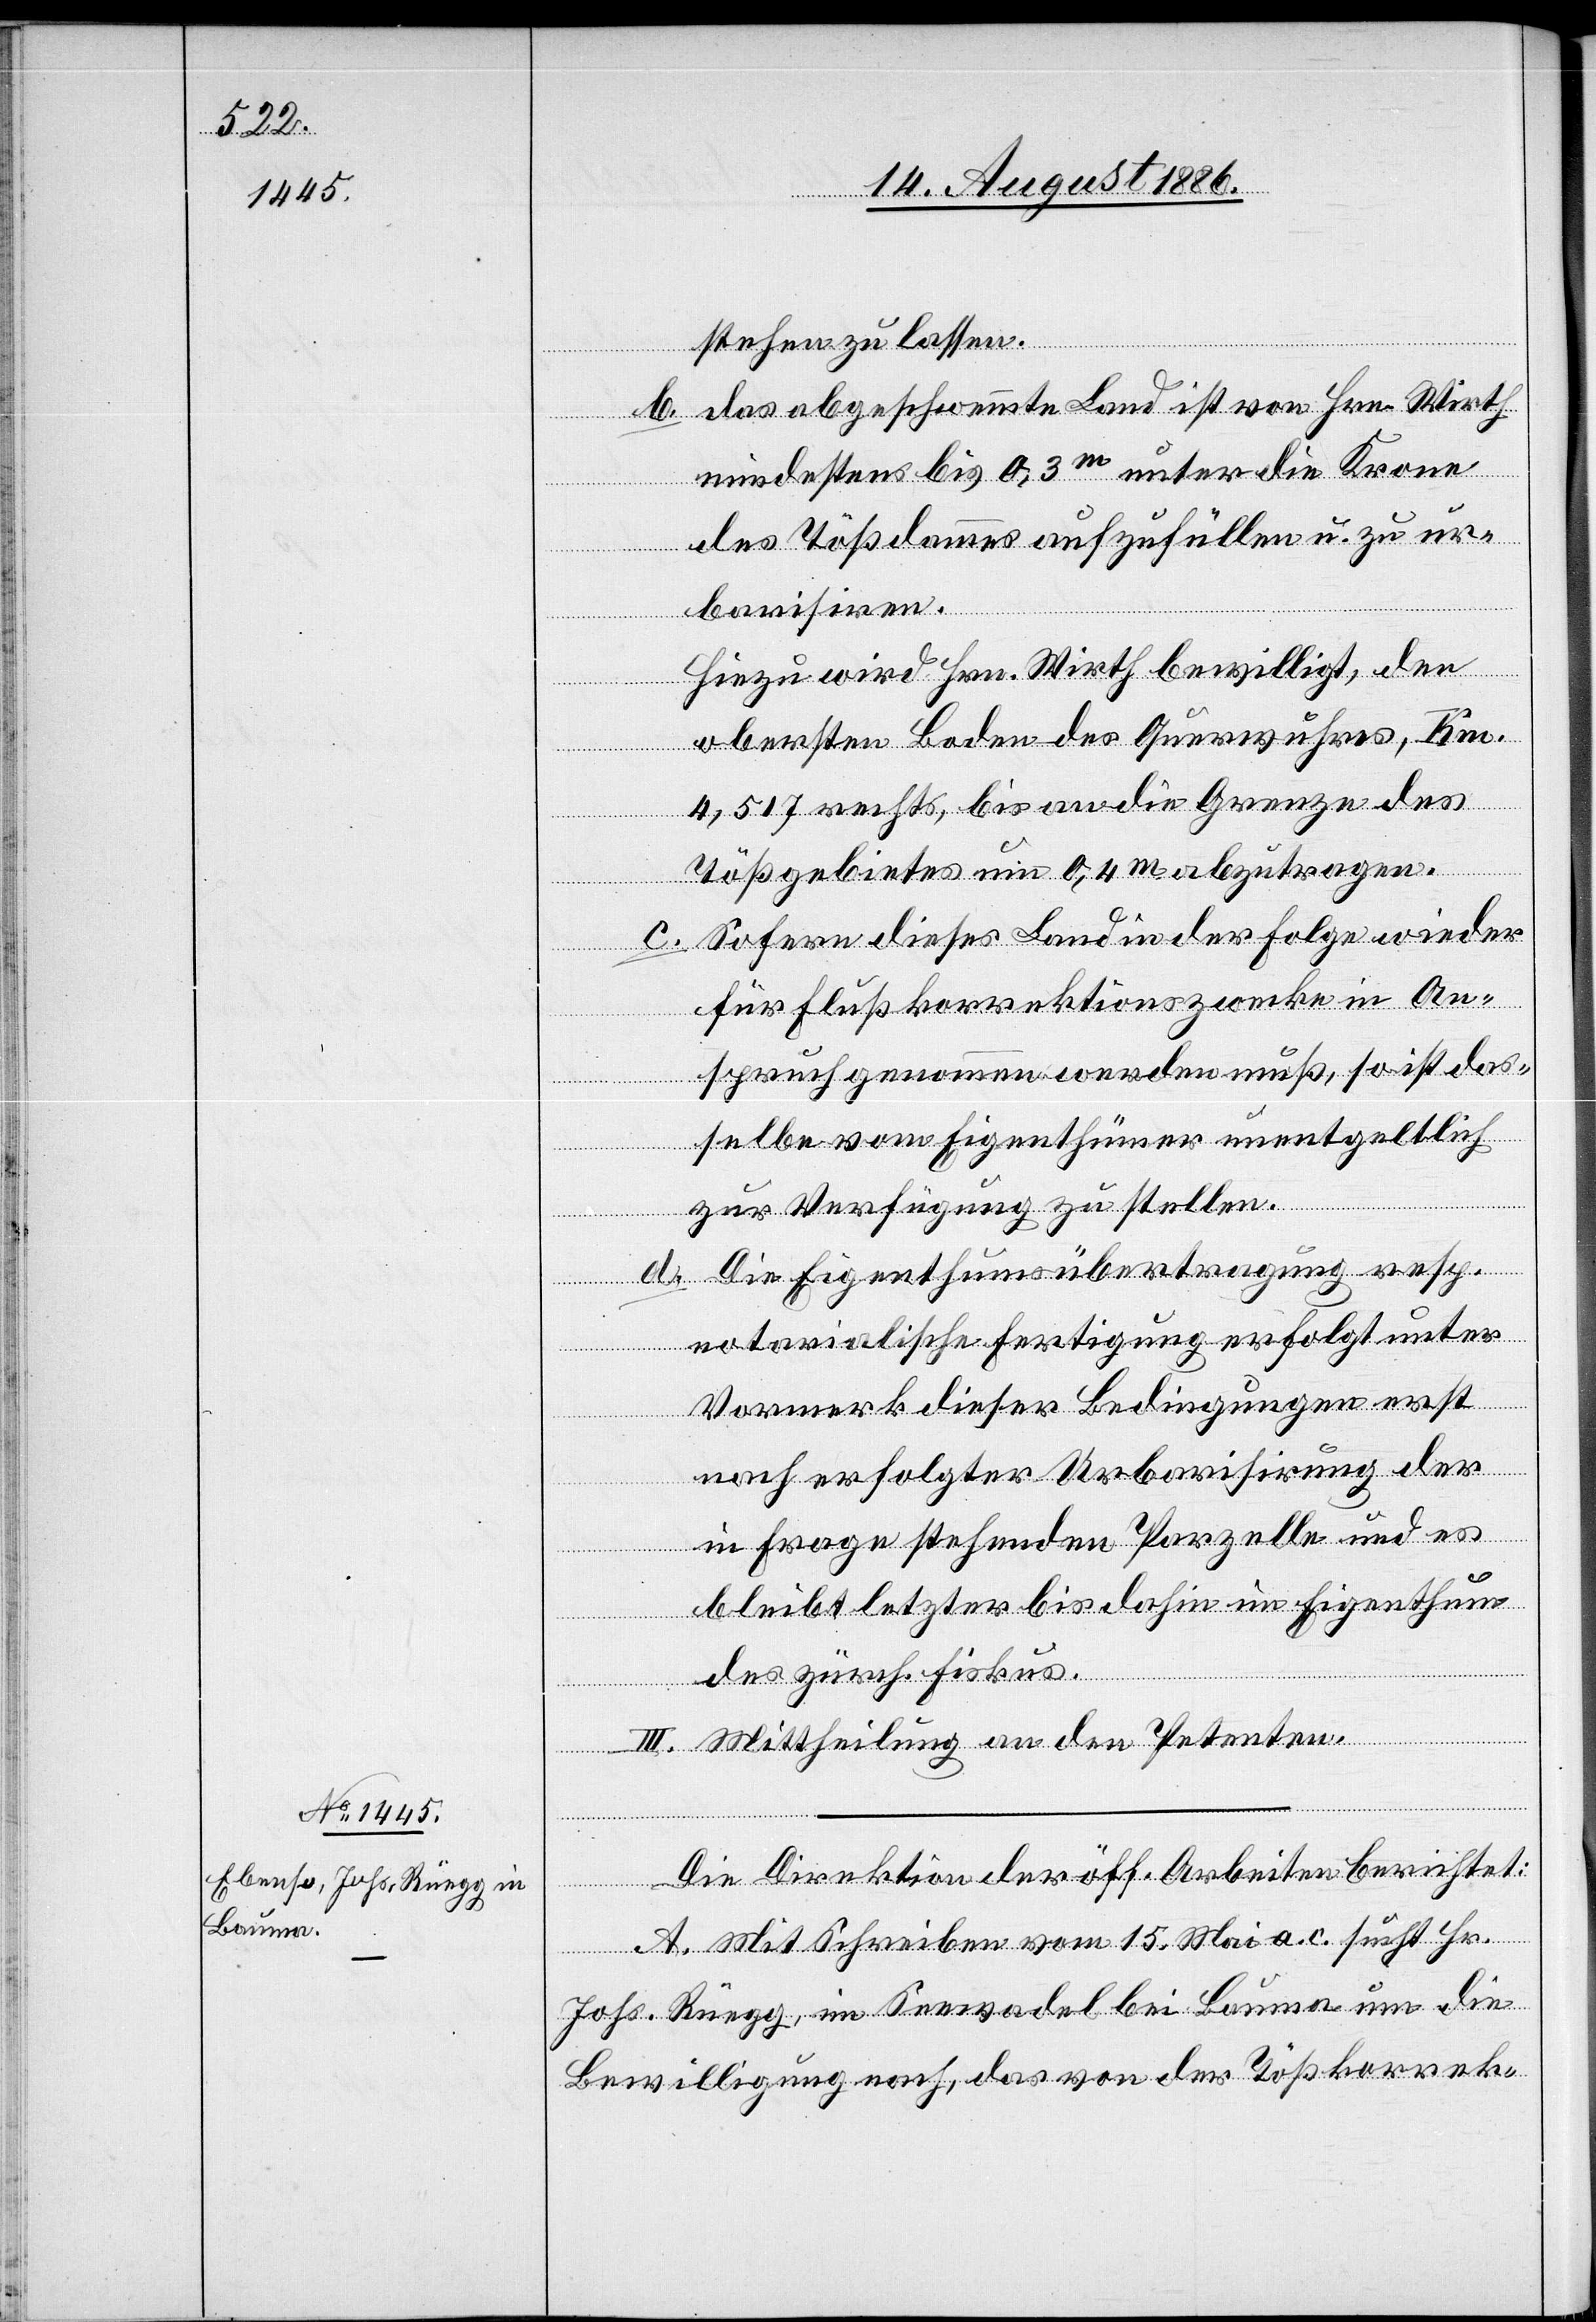
tzung
stehen zu lassen.
b. Das abgeschwemmte Land ist von Hrn. Wirth
mindestens bis 0,3m unter die Krone
des Tößdammes aufzufüllen u. zu ur¬
barisiren.
Hiezu wird Hrn. Wirth bewilligt, den
obersten Boden des Querwuhres, Km.
[Fortse¬
4,517 rechts, bis an die Grenze des
Tößgebietes um 0,4 m abzutragen.
c. Sofern dieses Land in der Folge wieder
für Flußkorrektionszwecke in An¬
spruch genommen werden muß, so ist das¬
selbe vom Eigenthümer unentgeltlich
zur Verfügung zu stellen.
d. Die Eigenthumsübertragung resp.
notarialische Fertigung erfolgt unter
Vormerk dieser Bedingungen erst
nach erfolgter Urbarisirung der
in Frage stehenden Parzelle und es
bleibt letzter[e] bis dahin im Eigenthum
des zürch. Fiskus.
III. Mittheilung an den Petenten.
Die Direktion der öff. Arbeiten berichtet:
A. Mit Zuschrift vom 15. Mai a. c. sucht Hr.
Johs. Rüegg, im Seewadel bei Bauma um die
Bewilligung nach, das von der Tößkorrek-